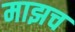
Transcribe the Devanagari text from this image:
माझच